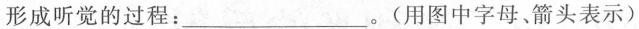
形成听觉的过程：_____。(用图中字母、箭头表示)